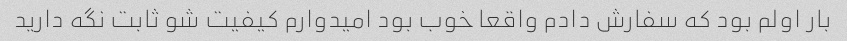
بار اولم بود که سفارش دادم واقعا خوب بود امیدوارم کیفیت شو ثابت نگه دارید